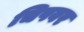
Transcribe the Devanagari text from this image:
चिपवर